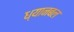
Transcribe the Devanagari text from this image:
ध्यानबल